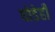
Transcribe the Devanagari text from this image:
घोडेही